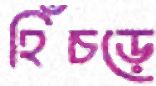
হিঁচড়ে